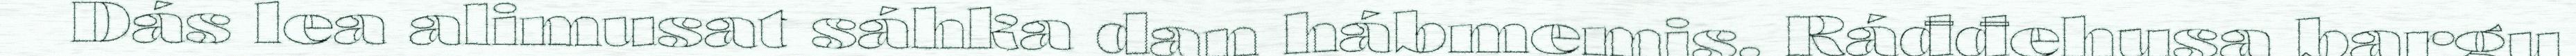
Dás lea alimusat sáhka dan hábmemis. Ráđđehusa bargu